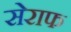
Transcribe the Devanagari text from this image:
सेराफ